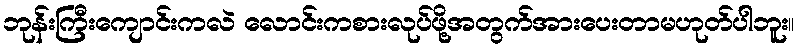
ဘုန်းကြီးကျောင်းကလဲ လောင်းကစားလုပ်ဖို့အတွက်အားပေးတာမဟုတ်ပါဘူး။